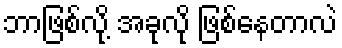
ဘာဖြစ်လို့ အခုလို ဖြစ်နေတာလဲ